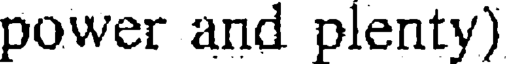
power and plenty)